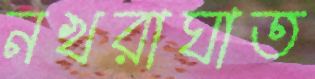
নখরাঘাত